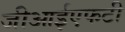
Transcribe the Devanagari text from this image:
जीआईएफटी